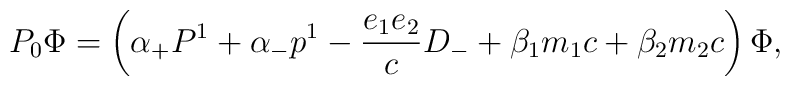
P_0 {\Phi} = \left( {\alpha}_{+} P^1 + {\alpha}_{-} p^1 - \frac{e_1e_2}{c} D_{-} + {\beta}_1 m_1 c +{\beta}_2 m_2 c \right) {\Phi},